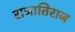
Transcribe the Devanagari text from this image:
राजातिराज